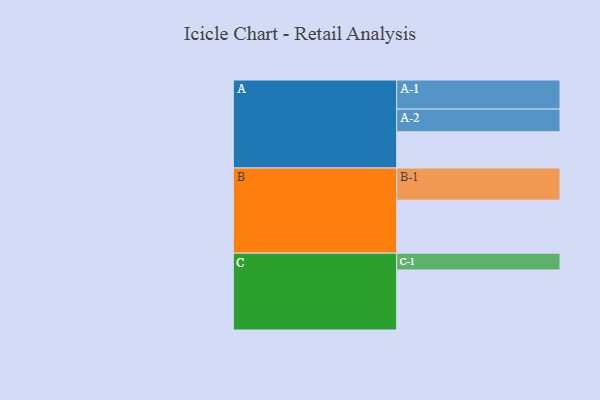
{"axis": {"x": "Segment", "y": "Value"}, "legend": ["", "A", "B", "C"], "data": [{"x": "A", "y": 302, "type": ""}, {"x": "B", "y": 441, "type": ""}, {"x": "C", "y": 500, "type": ""}, {"x": "A-1", "y": 242, "type": "A"}, {"x": "A-2", "y": 189, "type": "A"}, {"x": "B-1", "y": 268, "type": "B"}, {"x": "C-1", "y": 140, "type": "C"}]}